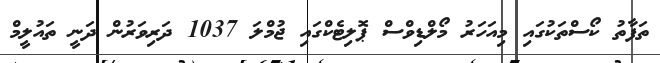
ތަފާތު ކޯސްތަކުގައި މިއަހަރު މޯލްޑިވްސް ޕޮލިޓެކްގައި ޖުމްލަ 1037 ދަރިވަރުން ދަނީ ތައުލީމް